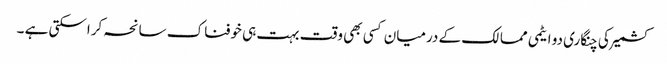
کشمیر کی چنگاری دو ایٹمی ممالک کے درمیان کسی بھی وقت بہت ہی خوفناک سانحہ کراسکتی ہے ۔